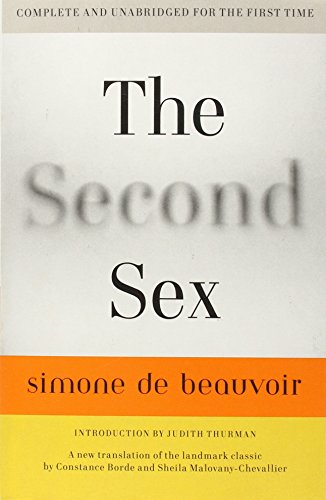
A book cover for The Second Sex; Simone de Beauvoir; Politics & Social Sciences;